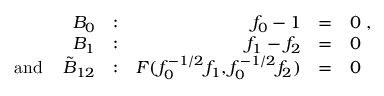
\begin{array} { r r r l l } { { { \cal B } _ { 0 } } } & { { : } } & { { f _ { 0 } - 1 } } & { { = } } & { { 0 \; , } } \\ { { { \cal B } _ { 1 } } } & { { : } } & { { f _ { 1 } - f _ { 2 } } } & { { = } } & { { 0 } } \\ { { \mathrm { ~ a n d ~ } \; \; \; \tilde { \cal B } _ { 1 2 } } } & { { : } } & { { F ( f _ { 0 } ^ { - 1 / 2 } f _ { 1 } , f _ { 0 } ^ { - 1 / 2 } f _ { 2 } ) } } & { { = } } & { { 0 } } \end{array}